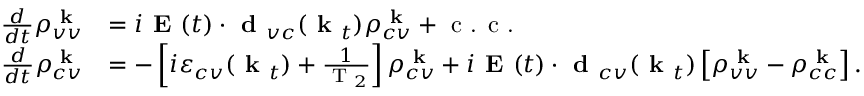
\begin{array} { r l } { \frac { d } { d t } \rho _ { v v } ^ { \textbf { k } } } & { = i \textbf { E } ( t ) \cdot \textbf { d } _ { v c } ( \textbf { k } _ { t } ) \rho _ { c v } ^ { \textbf { k } } + \textrm { c . c . } } \\ { \frac { d } { d t } \rho _ { c v } ^ { \textbf { k } } } & { = - \left[ i \varepsilon _ { c v } ( \textbf { k } _ { t } ) + \frac { 1 } { \textrm { T } _ { 2 } } \right] \rho _ { c v } ^ { \textbf { k } } + i \textbf { E } ( t ) \cdot \textbf { d } _ { c v } ( \textbf { k } _ { t } ) \left[ \rho _ { v v } ^ { \textbf { k } } - \rho _ { c c } ^ { \textbf { k } } \right] . } \end{array}